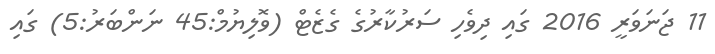
11 ޖަނަވަރީ 2016 ގައި ދިވެހި ސަރުކާރުގެ ގެޒެޓް (ވޮލިޔުމް:45 ނަންބަރު:5) ގައި